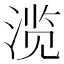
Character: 𰜐